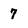
Character: 7